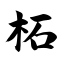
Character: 柘